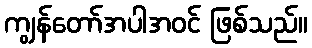
ကျွန်တော်အပါအဝင် ဖြစ်သည်။